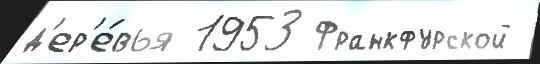
д'ер'е́вья 1953 Франкфурской